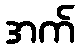
အက်